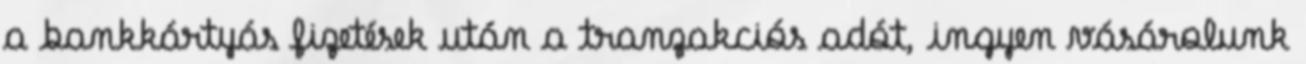
a bankkártyás fizetések után a tranzakciós adót, ingyen vásárolunk